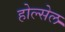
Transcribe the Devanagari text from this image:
होल्सेल